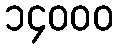
၁၄၀၀၀